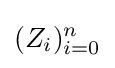
(Z_{i})_{i=0}^{n}